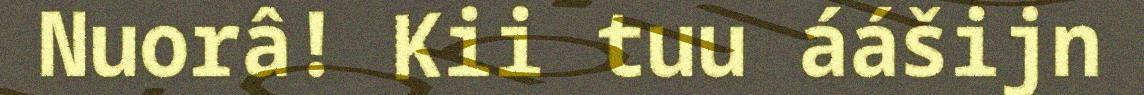
Nuorâ! Kii tuu áášijn